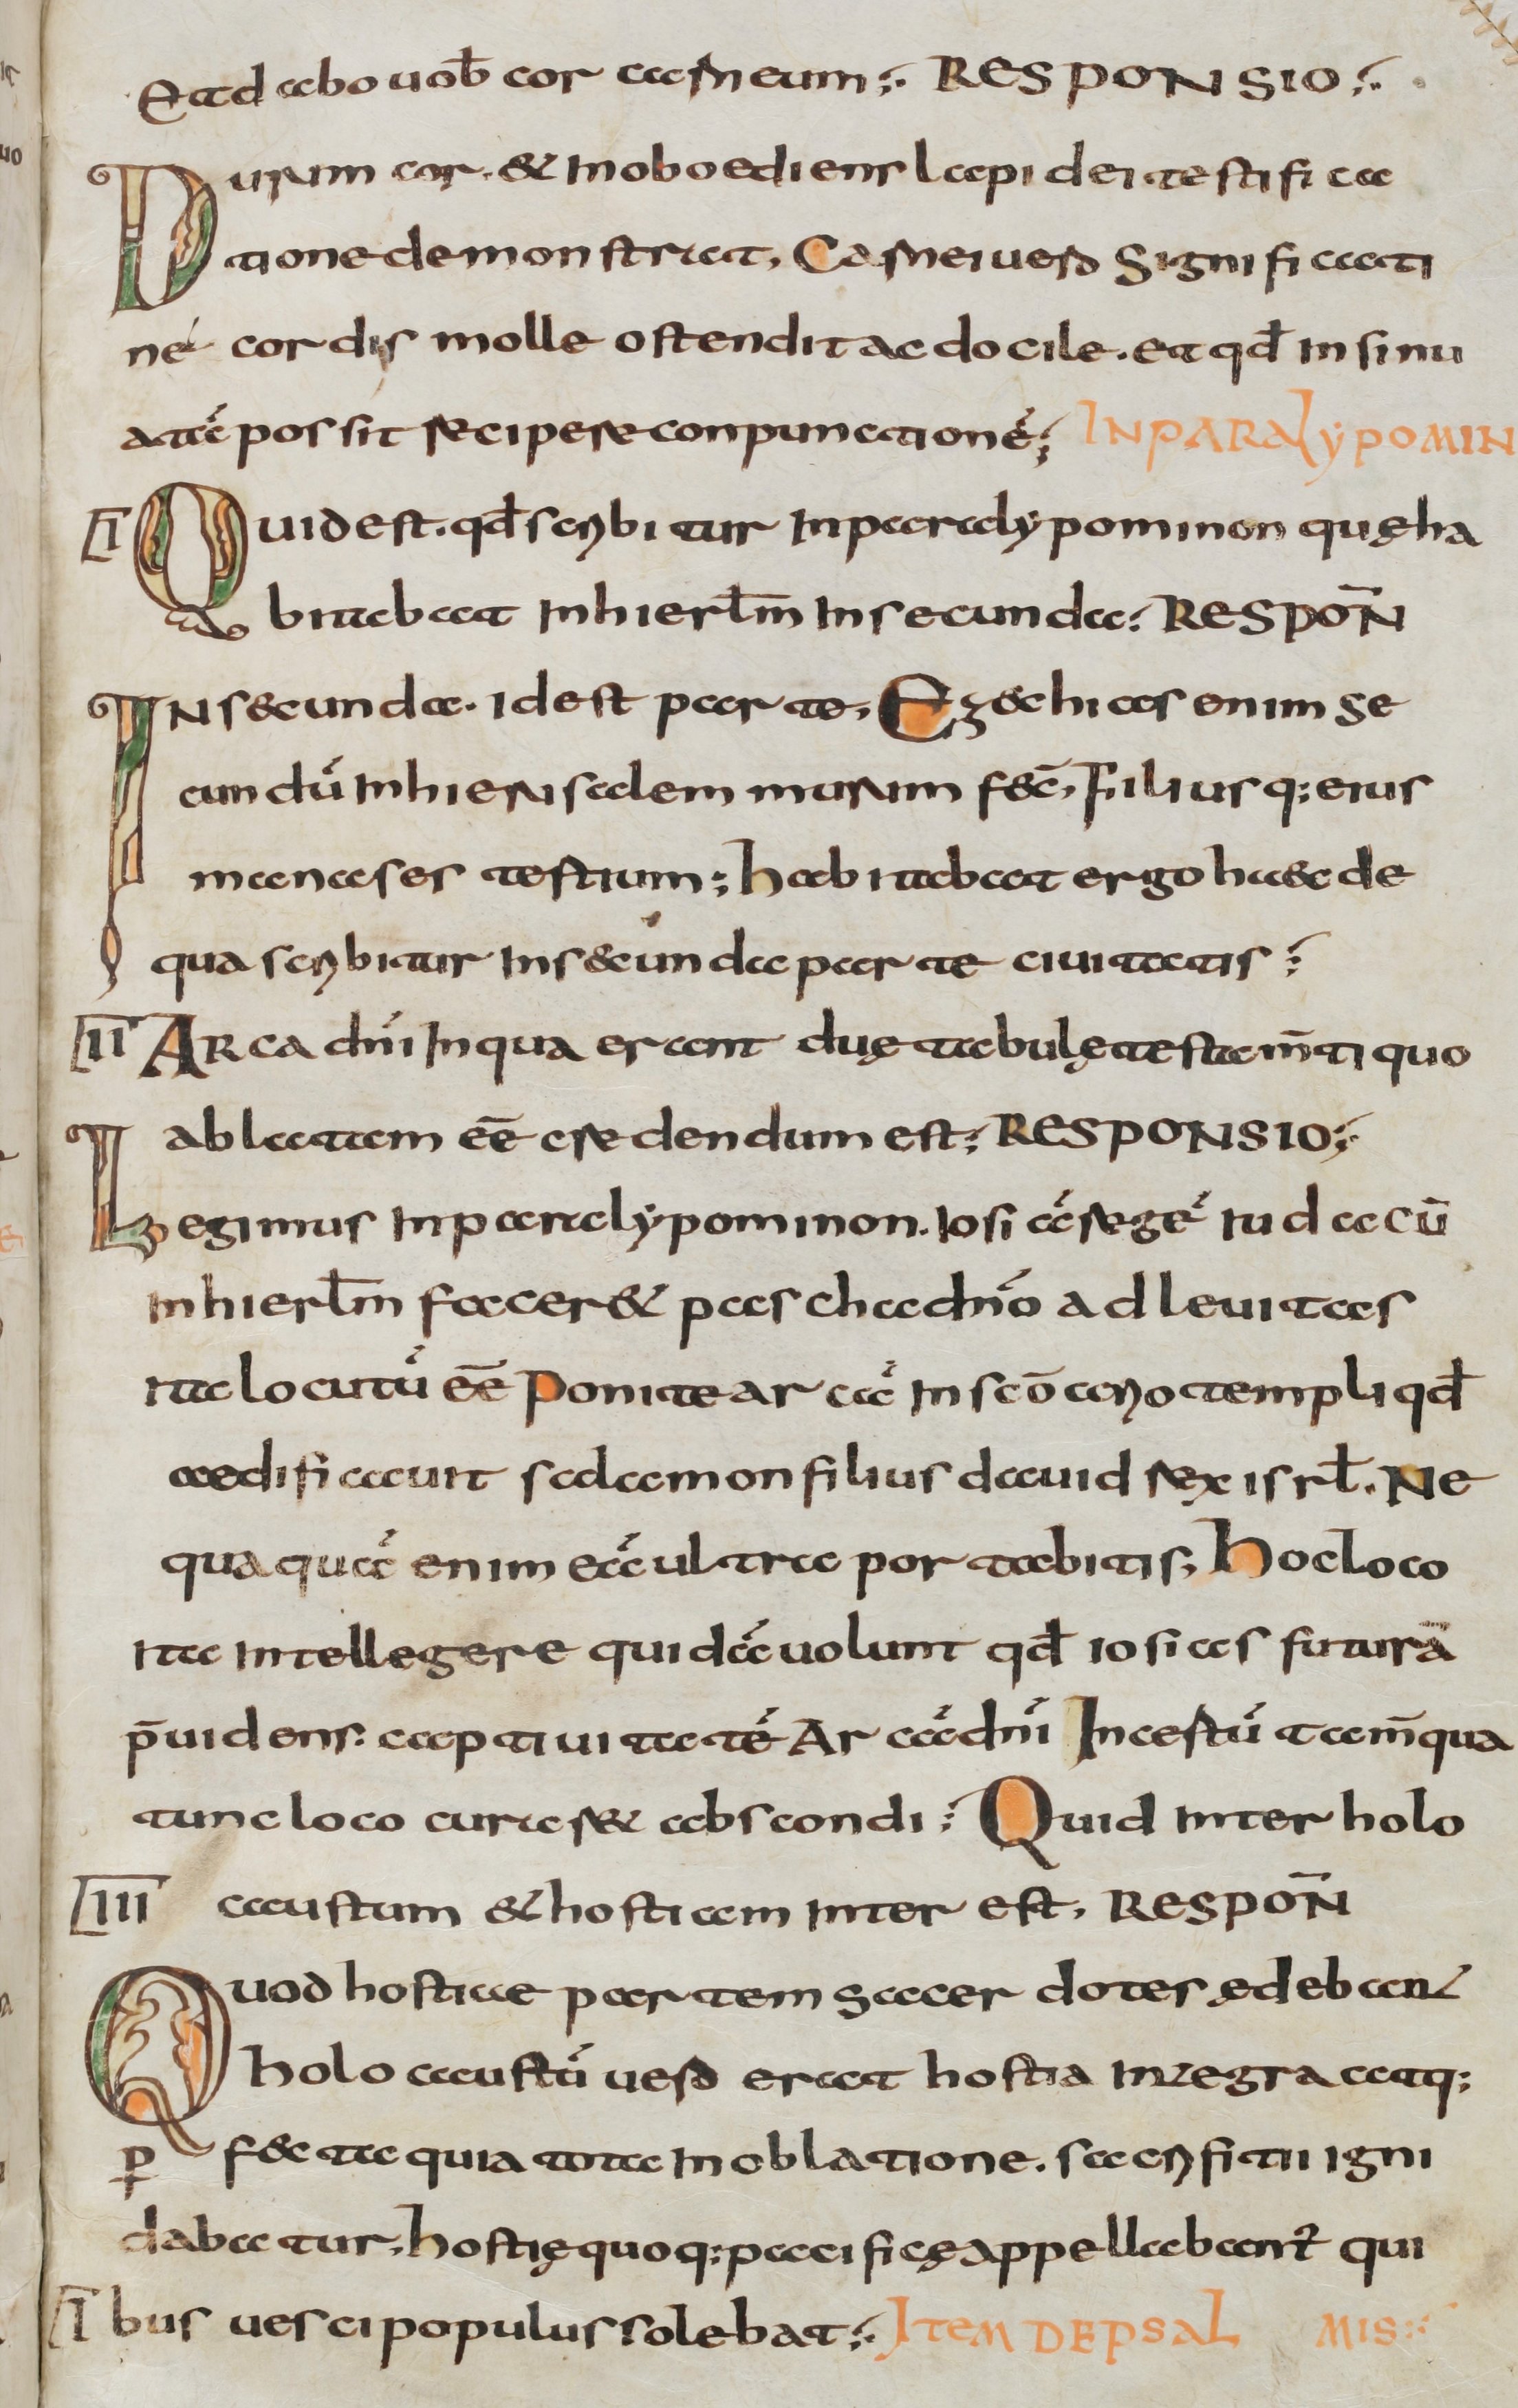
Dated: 800–830